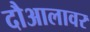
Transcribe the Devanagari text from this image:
दौआलावर